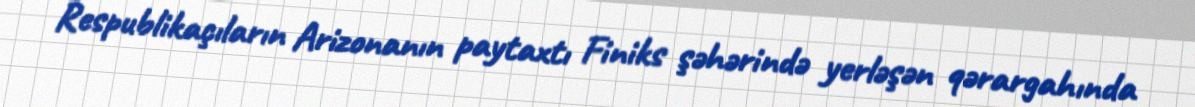
Respublikaçıların Arizonanın paytaxtı Finiks şəhərində yerləşən qərargahında